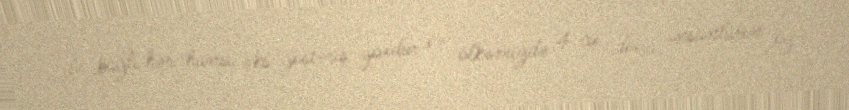
ilə bağlı hər-hansı əks-göstəriş yoxdur və ölkəmizdə 4-cü doza insanların öz